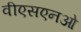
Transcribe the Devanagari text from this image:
वीएसएनओ